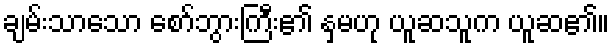
ချမ်းသာသော စော်ဘွားကြီး၏ နှမဟု ယူဆသူက ယူဆ၏။